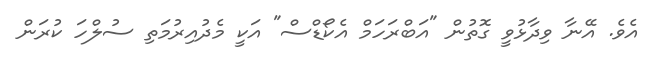
އެވެ. އޭނާ ވިދާޅުވީ ގޮތުން "އަބްރަހަމް އެކޯޑްސް" އަކީ މެދުއިރުމަތި ސުލްހަ ކުރަން